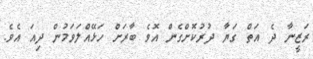
ރަޒީނާ ދެ އަތް ގަޔާ ދުރުކޮށްގެން އޮވެ ބާރަށް ހަޅޭއްލަވަމުން ދިއަ އެވެ.